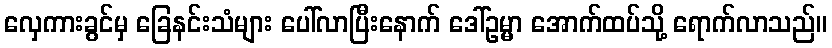
လှေကားခွင်မှ ခြေနင်းသံများ ပေါ်လာပြီးနောက် ဒေါ်ဥမ္မာ အောက်ထပ်သို့ ရောက်လာသည်။